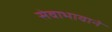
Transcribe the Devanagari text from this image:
सेवाभावाने